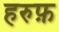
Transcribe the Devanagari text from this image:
हरुफ़